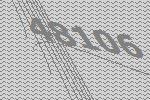
48106